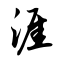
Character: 涯